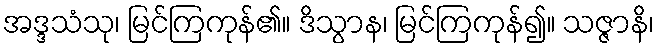
အဒ္ဒသံသု၊ မြင်ကြကုန်၏။ ဒိသွာန၊ မြင်ကြကုန်၍။ သဇ္ဇာနိ၊